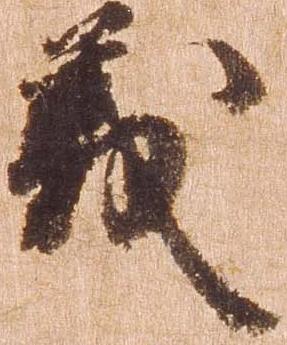
義